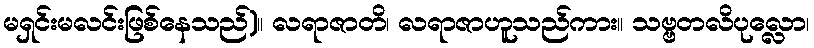
မရှင်းမလင်းဖြစ်နေသည်)။ လရာဇာတိ၊ လရာဇာဟူသည်ကား။ သဗ္ဗတလိပုလ္လော၊